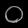
Digit: ၀